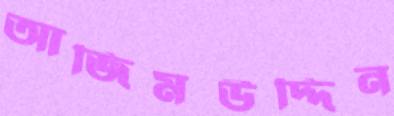
আজিমউদ্দিন